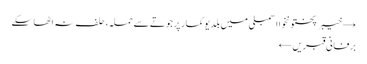
→ خیبرپختونخوا اسمبلی میں بلدیو کمار پر جوتے سے حملہ، حلف نہ اٹھاسکے
برفانی قبریں ←